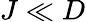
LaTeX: J\ll D